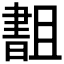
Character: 𬁫